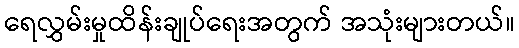
ရေလွှမ်းမှုထိန်းချုပ်ရေးအတွက် အသုံးများတယ်။